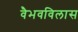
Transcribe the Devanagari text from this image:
वैभवविलास